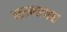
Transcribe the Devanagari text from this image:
बटनावर